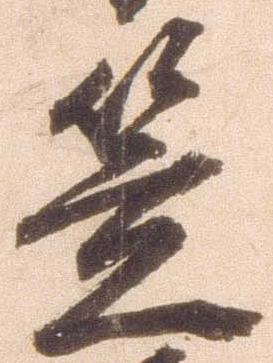
笠